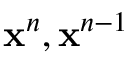
\mathbf { x } ^ { n } , \mathbf { x } ^ { n - 1 }